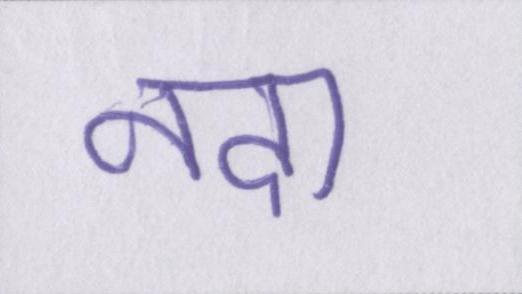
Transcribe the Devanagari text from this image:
नदा